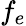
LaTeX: f_{e}